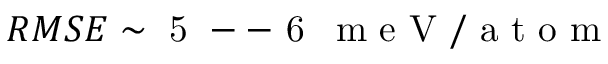
R M S E \sim \mathrm { ~ 5 ~ -- ~ 6 ~ } \, \mathrm { ~ m ~ e ~ V ~ / ~ a ~ t ~ o ~ m ~ }